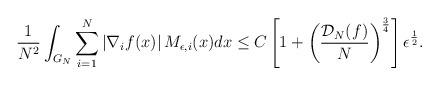
LaTeX: \begin{align*}\frac{1}{N^{2}}\int_{G_{N}}\sum_{i=1}^{N}\left|\nabla_{i}f(x)\right|M_{\epsilon,i}(x)dx\le C\left[1+\left(\frac{\mathcal{D}_{N}(f)}{N}\right)^{\frac{3}{4}}\right]\epsilon^{\frac{1}{2}}.\end{align*}